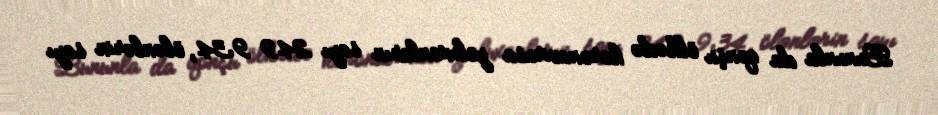
Bununla da qonşu ölkədə koronavirusa yoluxanların sayı 249 934, ölənlərin sayı